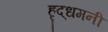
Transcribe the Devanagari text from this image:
हृद्‌धमनी